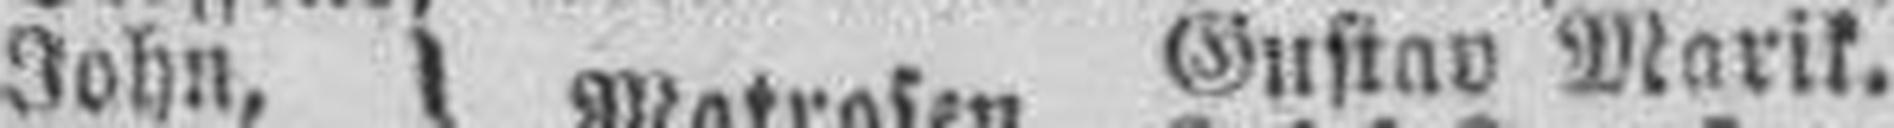
John, Matrosen Gustav Marik.